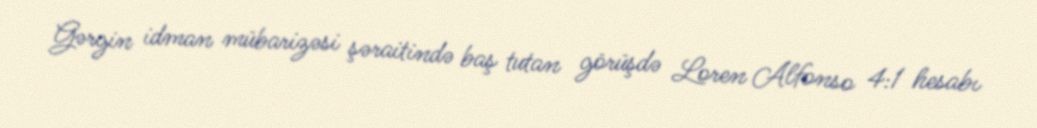
Gərgin idman mübarizəsi şəraitində baş tutan görüşdə Loren Alfonso 4:1 hesabı